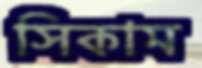
সিকাম